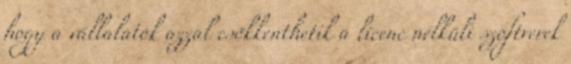
hogy a vállalatok azzal csökkenthetik a licenc nélküli szoftverek